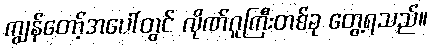
ကျွန်တော့်အပေါ်တွင် လိုဏ်ဂူကြီးတစ်ခု တွေ့ရသည်။